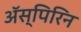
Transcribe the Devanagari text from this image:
अॅस्पिरिन